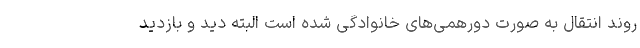
روند انتقال به صورت دورهمی‌های خانوادگی شده است البته دید و بازدید